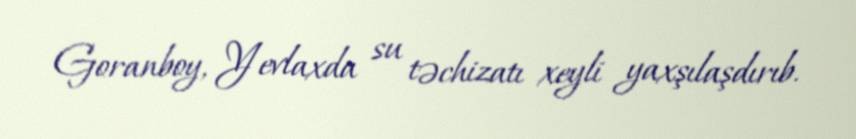
Goranboy, Yevlaxda su təchizatı xeyli yaxşılaşdırıb.